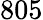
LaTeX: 805